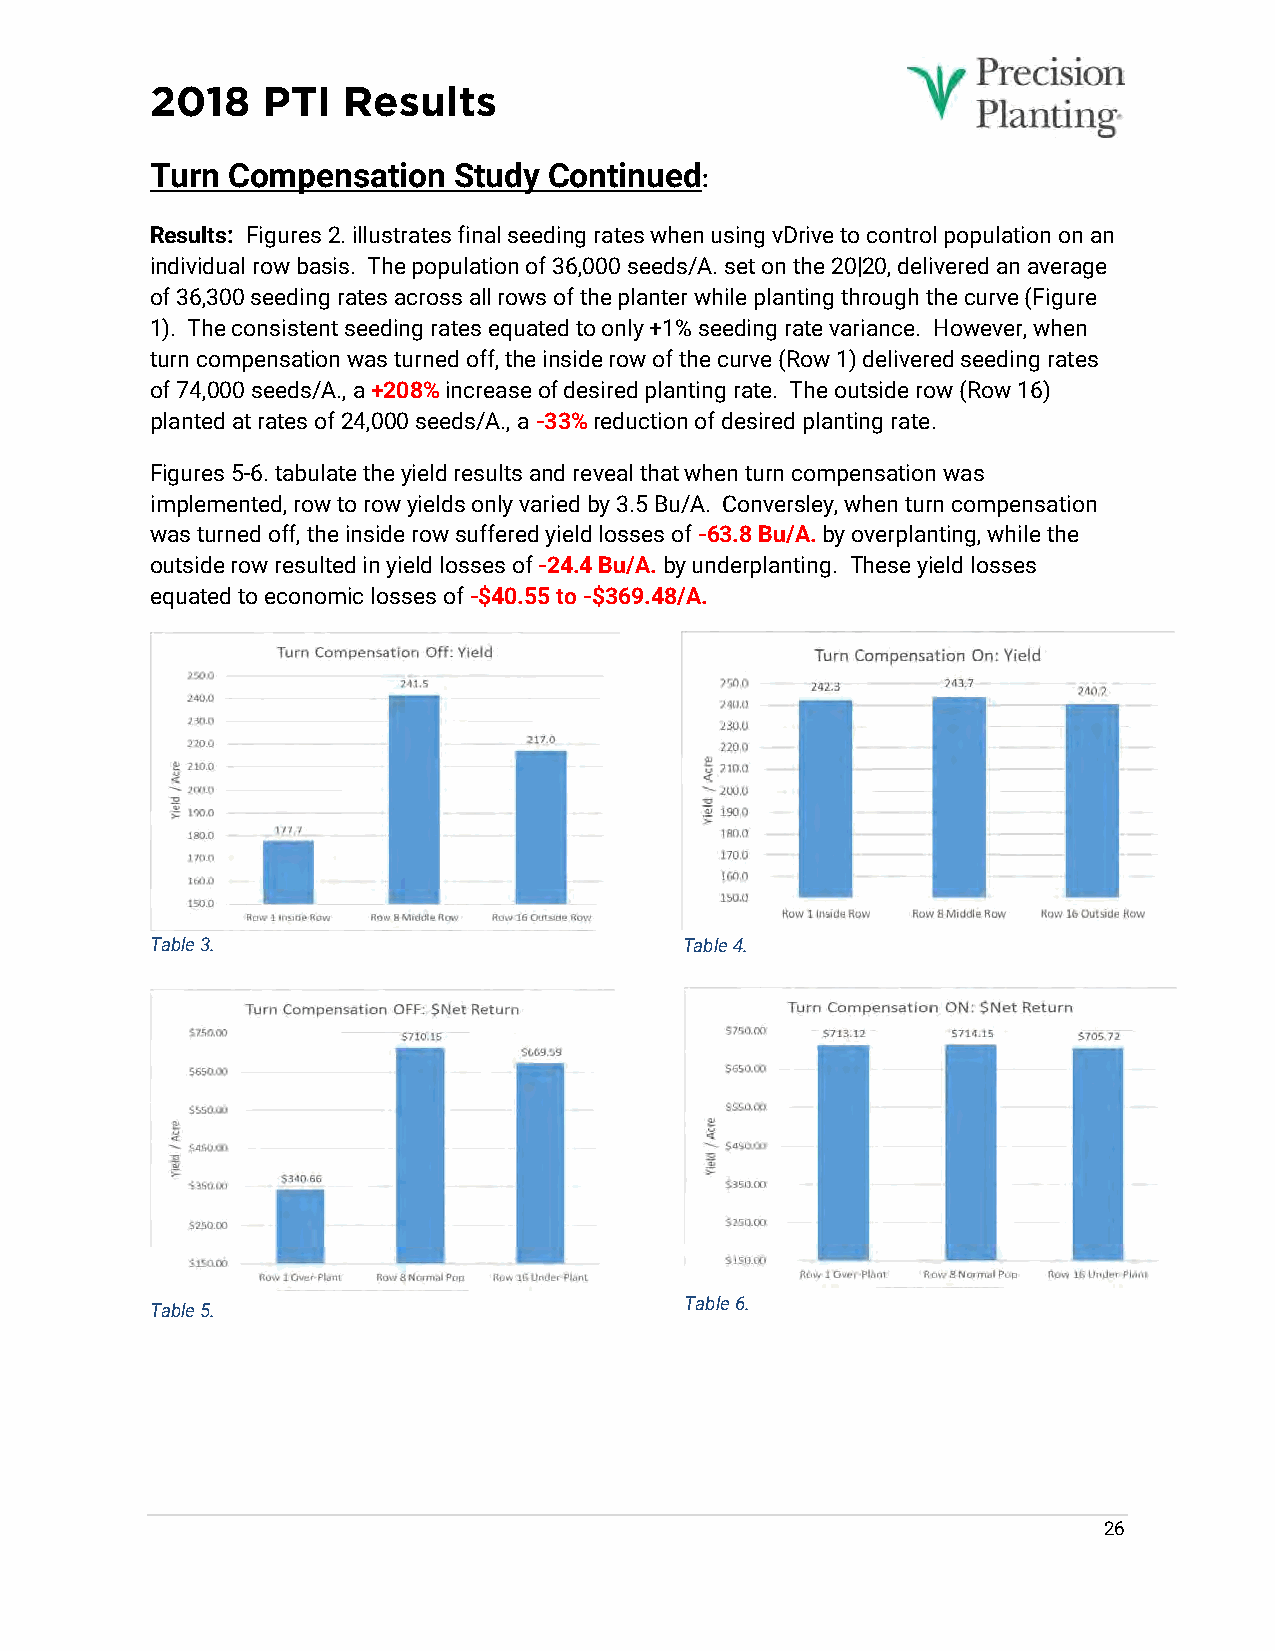
2018   PTI   Results
 Turn Compensation   Study Continued
 :
 Results: Figures 2. illustrates final seeding rates when using vDrive to control population on an
 individual row basis. The population of 36,000 seeds/A. set on the 20|20, delivered an average
 of 36,300 seeding rates across all rows of the planter while planting through the curve (Figure
 1). The consistent seeding rates equated to only +1% seeding rate variance. However, when
 turn compensation was turned off, the inside row of the curve (Row 1) delivered seeding rates
 of 74,000 seeds/A., a +208% increase of desired planting rate. The outside row (Row 16)
 planted at rates of 24,000 seeds/A., a -33% reduction of desired planting rate.
 Figures 5-6. tabulate the yield results and reveal that when turn compensation was
 implemented, row to row yields only varied by 3.5 Bu/A. Conversley, when turn compensation
 was turned off, the inside row suffered yield losses of -63.8 Bu/A. by overplanting, while the
 outside row resulted in yield losses of -24.4 Bu/A. by underplanting. These yield losses
 equated to economic losses of -$40.55 to -$369.48/A.
 Table 3.                           Table 4.
 Table 6.
 Table 5.
 26